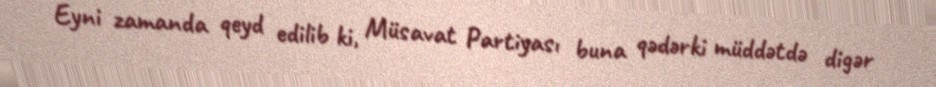
Eyni zamanda qeyd edilib ki, Müsavat Partiyası buna qədərki müddətdə digər